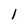
Character: l